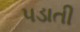
પડાતી